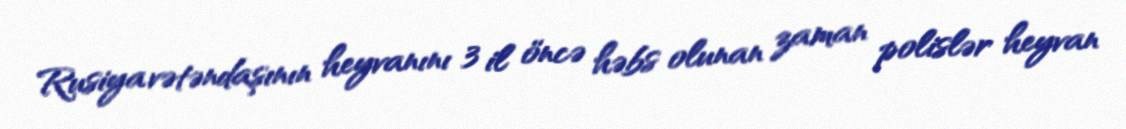
Rusiya vətəndaşının heyvanını 3 il öncə həbs olunan zaman polislər heyvan